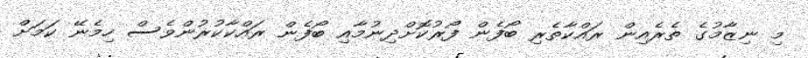
މި ނިޒާމުގެ ތެރެއިން ރައްކާތެރި ބޯފެން ފޯރުކޮށްދިނުމާއި ބޯފެން ރައްކާކުރުންވެސް ހިމެނޭ ކަމަށް